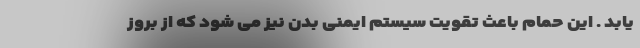
یابد . این حمام باعث تقویت سیستم ایمنی بدن نیز می شود که از بروز